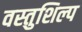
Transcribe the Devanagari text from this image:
वस्तुशिल्प